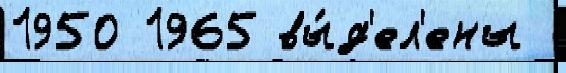
1950 1965 вы́д'ел'ены